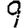
Digit: 9